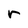
Character: r